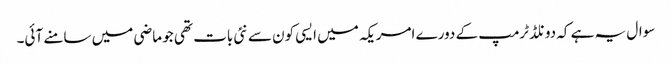
سوال یہ ہے کہ دونلڈ ٹرمپ کے دورے امریکہ میں ایسی کون سے نئی بات تھی جو ماضی میں سامنے آئی۔